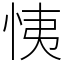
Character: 恞